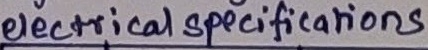
Text: electrical specifications